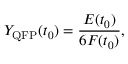
Y _ { \mathrm { Q F P } } ( t _ { 0 } ) = \frac { E ( t _ { 0 } ) } { 6 F ( t _ { 0 } ) } ,